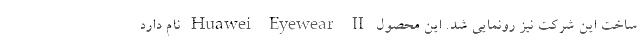
ساخت این شرکت نیز رونمایی شد. این محصول Huawei Eyewear II نام دارد